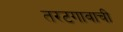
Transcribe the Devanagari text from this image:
तरटगावाची